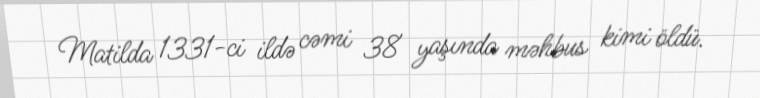
Matilda 1331-ci ildə cəmi 38 yaşında məhbus kimi öldü.